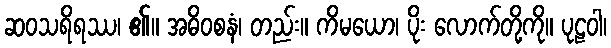
ဆဝသရိရဿ၊ ၏။ အဓိဝစနံ၊ တည်း။ ကိမယော၊ ပိုး လောက်တို့ကို။ ပုဠဝါ၊